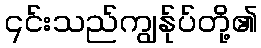
၎င်းသည်ကျွန်ုပ်တို့၏